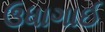
ઉધાગાઈ